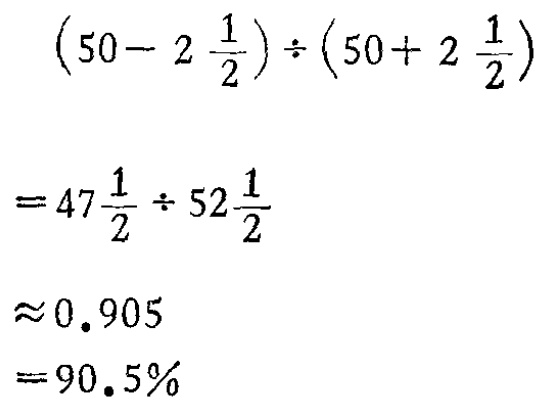
\[\begin{align*}

&(50 - 2\frac{1}{2})\div(50 + 2\frac{1}{2})\\

=&47\frac{1}{2}\div52\frac{1}{2}\\

\approx&0.905\\

=&90.5\%

\end{align*}\]